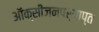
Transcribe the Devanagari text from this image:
ऑक्सीजनपर्याप्त